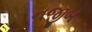
નજીબ